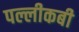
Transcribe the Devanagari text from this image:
पल्लीकबी